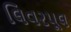
લિવરપૂલ